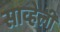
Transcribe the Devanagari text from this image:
साव्हेली